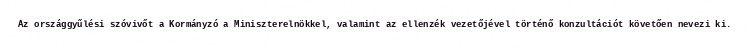
Az országgyűlési szóvivőt a Kormányzó a Miniszterelnökkel, valamint az ellenzék vezetőjével történő konzultációt követően nevezi ki.